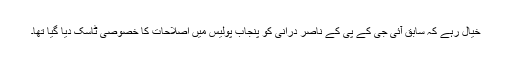
خیال رہے کہ سابق آئی جی کے پی کے ناصر درانی کو پنجاب پولیس میں اصلاحات کا خصوصی ٹاسک دیا گیا تھا۔